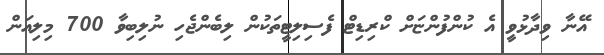
އޭނާ ވިދާޅުވީ އެ ކުންފުންޏަށް ކްރިޑިޓް ފެސިލިޓީތަކުން ލިބެންޖެހި ނުލިބިވާ 700 މިލިއަން